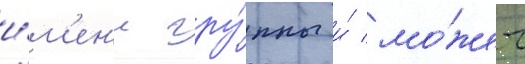
и́м'ен'и гру́ппы и́ мо́жет